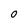
Character: O